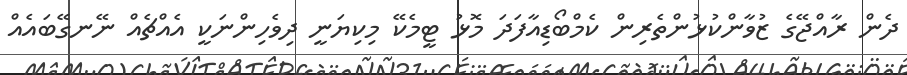
ދެން ރާއްޖޭގެ ޒުވާންކުޅުންތެރިން ކެމްބޯޑިއާފަދަ މޮޅު ޓީމެކޭ މިކިޔަނީ ދިވެހިންނަކީ އެއްޗެއް ނޭނގޭބައެއް